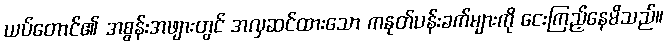
ယပ်တောင်၏ အစွန်းအဖျားတွင် အလှဆင်ထားသော ကနုတ်ပန်းခက်များကို ငေးကြည့်နေမိသည်။